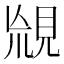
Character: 𧠬